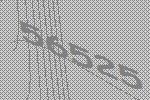
56525